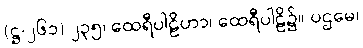
(ဋ္ဌ-၂၆၁) ၂၃၅၊ ထေရီပါဠိဟာ၊ ထေရီပါဠိ၌။ ပဌမေ၊